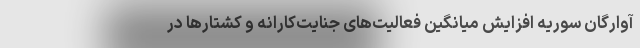
آوارگان سوریه افزایش میانگین فعالیت‌های جنایت‌کارانه و کشتارها در